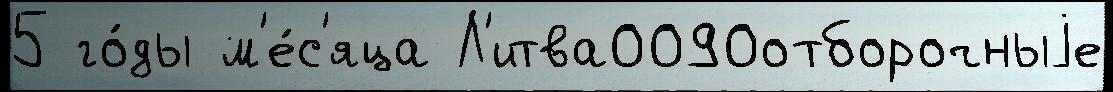
5 го́ды м'е́с'яца Л'итва0090отборочныjе